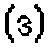
(ဒ)